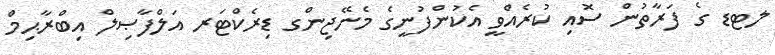
ލޓޑ ގެ ފަރާތުން ސޮއި ކުރެއްވީ އެކުންފުނީގެ މެނޭޖިންގ ޑިރެކްޓަރ އަލްފާޞިލް އިބްރާޙިމް